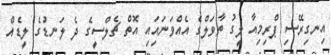
އިނގިރޭސި ޕްރިމިއާ ލީގު ތާވަލްގެ އެއްވަނައިައި އޮތް ޗެލްސީގެ ދެ ލަނޑުގެ ލީޑެއް